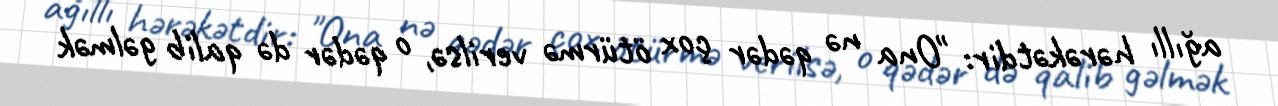
ağıllı hərəkətdir: "Ona nə qədər çox ötürmə verilsə, o qədər də qalib gəlmək